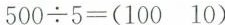
$$5 0 0 \div 5 = ( 1 0 0 1 0 )$$